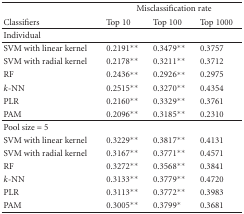
|  | <COLSPAN=3> Misclassification rate |
 | Classifiers | Top 10 | Top 100 | Top 1000 |
 | --- | --- | --- | --- |
 | Individual |  |  |  |
 | SVM with linear kernel | 0.2191** | 0.3479** | 0.3757 |
 | SVM with radial kernel | 0.2178** | 0.3211** | 0.3712 |
 | RF | 0.2436** | 0.2926** | 0.2975 |
 | k-NN | 0.2515** | 0.3270** | 0.4354 |
 | PLR | 0.2160** | 0.3329** | 0.3761 |
 | PAM | 0.2096** | 0.3185** | 0.2310 |
 | Pool size = 5 |  |  |  |
 | SVM with linear kernel | 0.3229** | 0.3817** | 0.4131 |
 | SVM with radial kernel | 0.3167** | 0.3771** | 0.4571 |
 | RF | 0.3272** | 0.3568** | 0.3841 |
 | k-NN | 0.3133** | 0.3779** | 0.4720 |
 | PLR | 0.3113** | 0.3772** | 0.3983 |
 | PAM | 0.3005** | 0.3799* | 0.3681 |